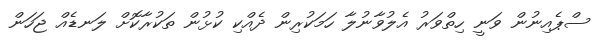
ސްޕެއިނުން ވަނީ ހިތްވަރު އެލުވާނުލާ ހަމަކުރިން ދެއްކި ކުޅުން ތަކުރާކޮށް ލަނޑެއް ޖަހަން